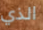
الذي